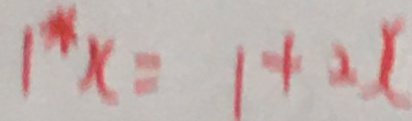
1 ^ { \ast } x = 1 + 2 x